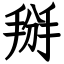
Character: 掰